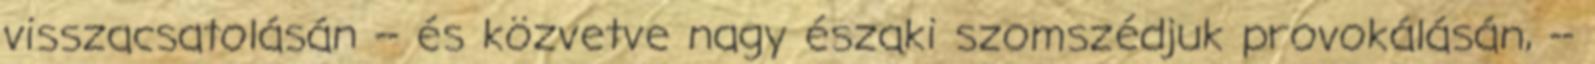
visszacsatolásán -- és közvetve nagy északi szomszédjuk provokálásán, --